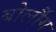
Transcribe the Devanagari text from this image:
बोर्लौग